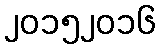
၂၀၁၅၂၀၁၆